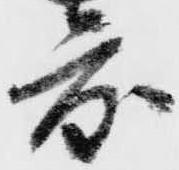
度